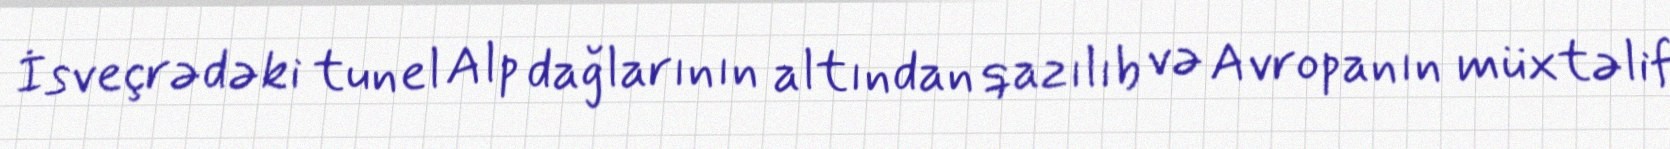
İsveçrədəki tunel Alp dağlarının altından qazılıb və Avropanın müxtəlif